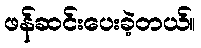
ဖန်ဆင်းပေးခဲ့တယ်။